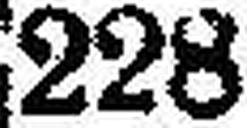
228